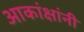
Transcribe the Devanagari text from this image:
आकांक्षांनी